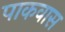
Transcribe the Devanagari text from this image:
पाकवास